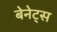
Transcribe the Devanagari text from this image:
बेनेट्स